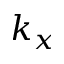
k _ { x }